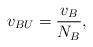
LaTeX: \begin{align*}\setlength{\abovedisplayskip}{0 pt}\setlength{\belowdisplayskip}{0 pt}{v_{BU}} =\frac{{{v_B}}}{{N_B}},\end{align*}